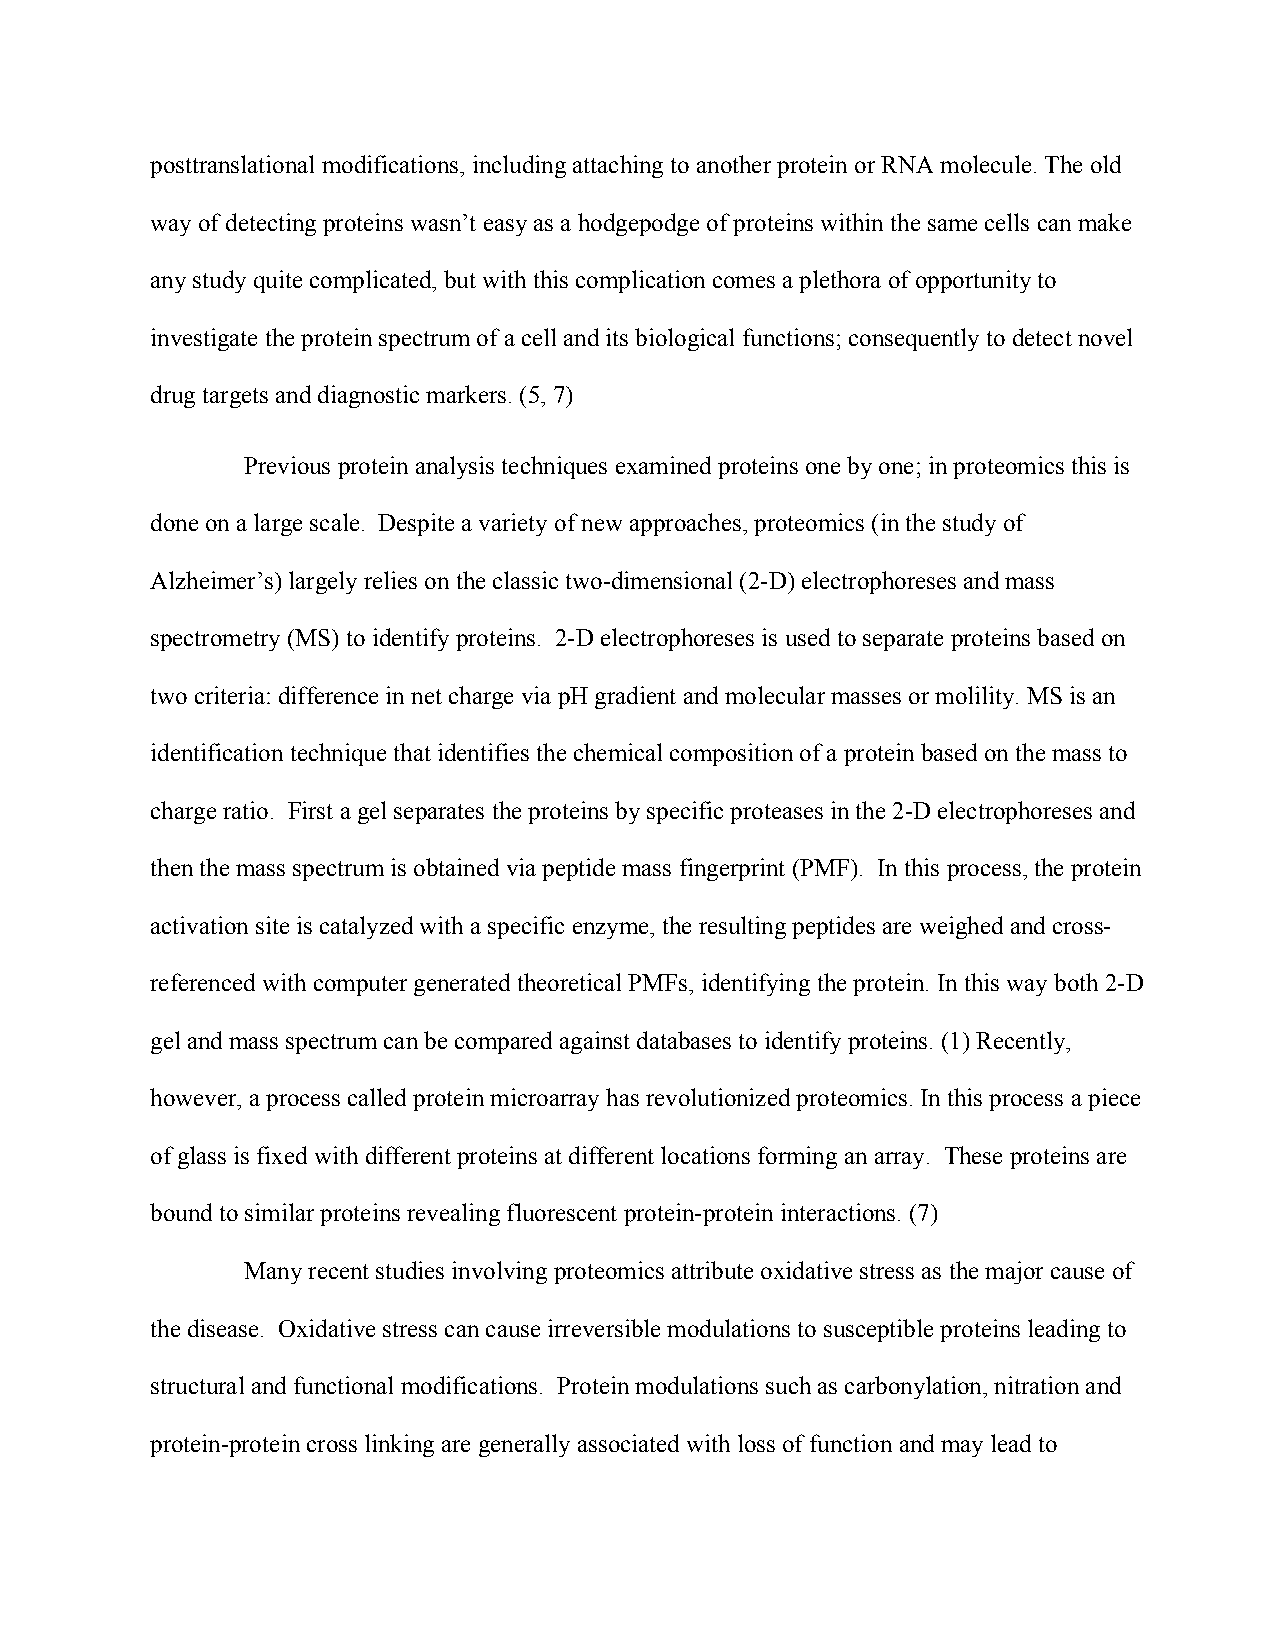
posttranslational modifications, including attaching to another protein or RNA molecule. The old
 way of detecting proteins wasn’t easy as a hodgepodge of proteins within the same cells can make
 any study quite complicated, but with this complication comes a plethora of opportunity to
 investigate the protein spectrum of a cell and its biological functions; consequently to detect novel
 drug targets and diagnostic markers. (5, 7)
 Previous protein analysis techniques examined proteins one by one; in proteomics this is
 done on a large scale. Despite a variety of new approaches, proteomics (in the study of
 Alzheimer’s) largely relies on the classic two-dimensional (2-D) electrophoreses and mass
 spectrometry (MS) to identify proteins. 2-D electrophoreses is used to separate proteins based on
 two criteria: difference in net charge via pH gradient and molecular masses or molility. MS is an
 identification technique that identifies the chemical composition of a protein based on the mass to
 charge ratio. First a gel separates the proteins by specific proteases in the 2-D electrophoreses and
 then the mass spectrum is obtained via peptide mass fingerprint (PMF). In this process, the protein
 activation site is catalyzed with a specific enzyme, the resulting peptides are weighed and cross-
 referenced with computer generated theoretical PMFs, identifying the protein. In this way both 2-D
 gel and mass spectrum can be compared against databases to identify proteins. (1) Recently,
 however, a process called protein microarray has revolutionized proteomics. In this process a piece
 of glass is fixed with different proteins at different locations forming an array. These proteins are
 bound to similar proteins revealing fluorescent protein-protein interactions. (7)
 Many recent studies involving proteomics attribute oxidative stress as the major cause of
 the disease. Oxidative stress can cause irreversible modulations to susceptible proteins leading to
 structural and functional modifications. Protein modulations such as carbonylation, nitration and
 protein-protein cross linking are generally associated with loss of function and may lead to